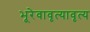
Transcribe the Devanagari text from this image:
भूरेवावृत्यावृत्य